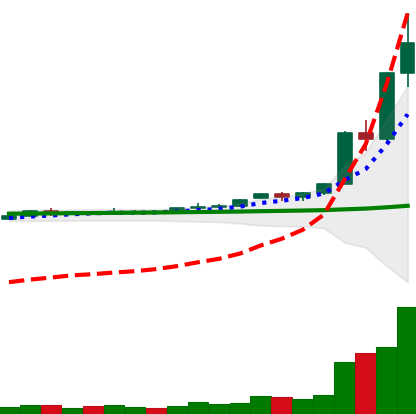
Ticker: XRP-USD
Chart end date: 2020-11-24
Forward return: -12.405%
Label: down_7plus